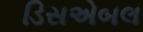
ડિસએબલ